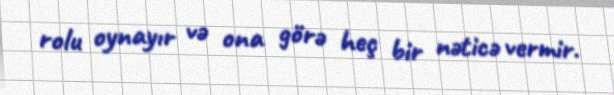
rolu oynayır və ona görə heç bir nəticə vermir.